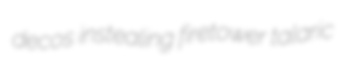
decos instealing firetower talaric